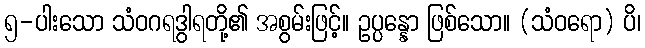
၅-ပါးသော သံဝဂရဒွါရတို့၏ အစွမ်းဖြင့်။ ဥပ္ပန္နော ဖြစ်သော။ (သံဝရော) ပိ၊